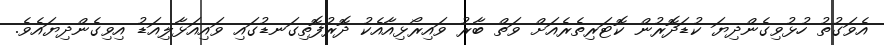
އެވަގުތު ހުޅުވިގެންދިޔަ ކުޑަދޮރުން ކޮޓަރިތެރެއަށް ވަތް ބާރު ވައިރޯޅިއާއެކު ދޮރުފޮތިގަނޑުގައި ވައިއަޅާލިއަޑު އިވިގެންދިޔައެވެ.